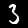
Label: 3